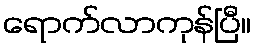
ရောက်လာကုန်ပြီ။